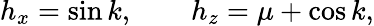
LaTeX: h_{x}=\sin k,\qquad h_{z}=\mu+\cos k,